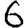
Digit: 6